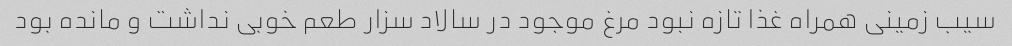
سیب زمینی همراه غذا تازه نبود مرغ موجود در سالاد سزار طعم خوبی نداشت و مانده بود